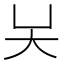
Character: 𡗖